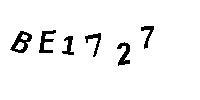
BE1727